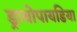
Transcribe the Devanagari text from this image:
ड्रायोपायडिया